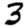
Digit: 3